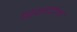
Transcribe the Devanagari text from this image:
रिसोर्टमां